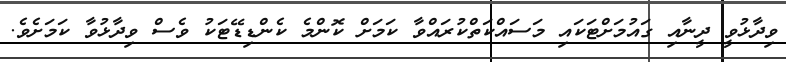
ވިދާޅުވީ ދީނާއި ގައުމަށްޓަކައި މަސައްކަތްކުރައްވާ ކަމަށް ކޮންމެ ކެންޑިޑޭޓަކު ވެސް ވިދާޅުވާ ކަމަށެވެ.